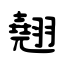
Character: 翹